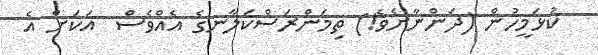
ކުޅަމީހުން (ދަންނާށެވެ!) ތިމަންރަސްކަލާނގެ އެއްވެސް  އަކަށް އެ